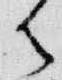
御